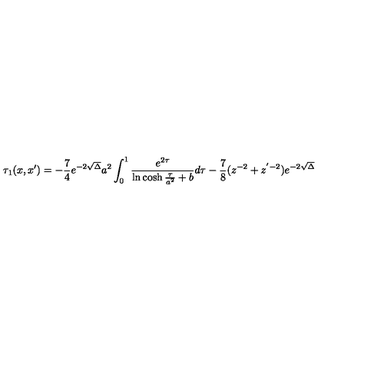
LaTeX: \tau _ { 1 } ( x , x ^ { \prime } ) = - \frac { 7 } { 4 } e ^ { - 2 \sqrt { \Delta } } a ^ { 2 } \int _ { 0 } ^ { 1 } \frac { e ^ { 2 \tau } } { \ln \cosh \frac { \tau } { a ^ { 2 } } + b } d \tau - \frac { 7 } { 8 } ( z ^ { - 2 } + z ^ { ' - 2 } ) e ^ { - 2 \sqrt { \Delta } }